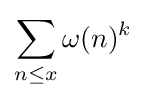
\sum _{n\leq x}\omega (n)^{k}